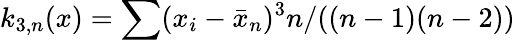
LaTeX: k_{3,n}(x)=\sum(x_{i}-{\bar{x}}_{n})^{3}n/((n-1)(n-2))